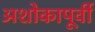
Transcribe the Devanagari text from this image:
अशोकापूर्वी